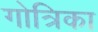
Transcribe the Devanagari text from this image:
गोत्रिका